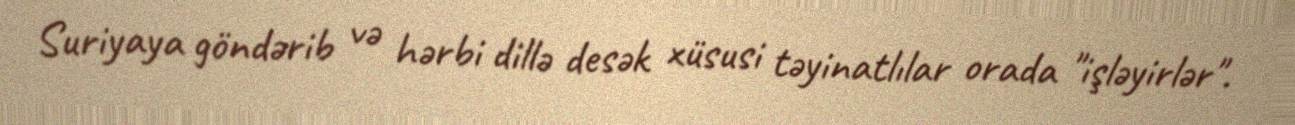
Suriyaya göndərib və hərbi dillə desək xüsusi təyinatlılar orada "işləyirlər".